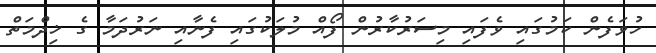
ހުވަފެން ކަމުގައި ވެފައި މިސަރުކާރުން ފޯއް މުލަކުގައި ފެނާއި ނަރުދަމާ ގެ ޚިދްމަތް